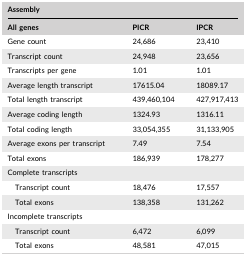
| <COLSPAN=3> Assembly |
 | All genes | PICR | IPCR |
 | --- | --- | --- |
 | Gene count | 24,686 | 23,410 |
 | Transcript count | 24,948 | 23,656 |
 | Transcripts per gene | 1.01 | 1.01 |
 | Average length transcript | 17615.04 | 18089.17 |
 | Total length transcript | 439,460,104 | 427,917,413 |
 | Average coding length | 1324.93 | 1316.11 |
 | Total coding length | 33,054,355 | 31,133,905 |
 | Average exons per transcript | 7.49 | 7.54 |
 | Total exons | 186,939 | 178,277 |
 | Complete transcripts |  |  |
 | Transcript count | 18,476 | 17,557 |
 | Total exons | 138,358 | 131,262 |
 | Incomplete transcripts |  |  |
 | Transcript count | 6,472 | 6,099 |
 | Total exons | 48,581 | 47,015 |